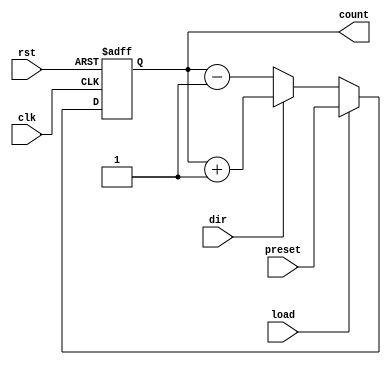
module SynchronousLoadCounter (
    input wire clk,            // Clock signal
    input wire rst,            // Asynchronous active-high reset
    input wire load,           // Load control signal
    input wire dir,            // Direction control signal (1 for up, 0 for down)
    input wire [7:0] preset,   // Preset value for loading (adjust width as needed)
    output reg [7:0] count     // Current count value (adjust width as needed)
);

    // Always block triggered on the rising edge of the clock
    always @(posedge clk or posedge rst) begin
        if (rst) begin
            // Reset condition
            count <= 8'b0; // Reset count to zero
        end else if (load) begin
            // Load condition
            count <= preset; // Load preset value into count
        end else begin
            // Counting operation
            if (dir) begin
                // Increment count
                count <= count + 1;
            end else begin
                // Decrement count
                count <= count - 1;
            end
        end
    end

endmodule